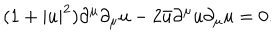
( 1 + | u | ^ { 2 } ) \partial ^ { \mu } \partial _ { \mu } u - 2 \bar { u } \partial ^ { \mu } u \partial _ { \mu } u = 0 .